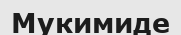
Мукимиде